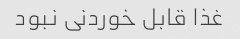
غذا قابل خوردنی نبود